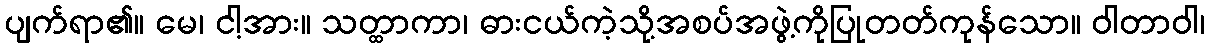
ပျက်ရာ၏။ မေ၊ ငါ့အား။ သတ္ထာကာ၊ ဓားငယ်ကဲ့သို့အစပ်အဖွဲ့ကိုပြုတတ်ကုန်သော။ ဝါတာဝါ၊